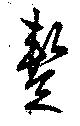
蹔